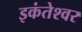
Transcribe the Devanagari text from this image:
इकंतेश्वर